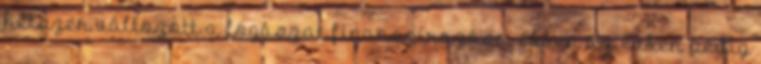
hétszer változott a fogászat finanszírozása, ebben az évben pedig